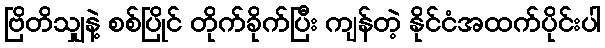
ဗြိတိသျှနဲ့ စစ်ပြိုင် တိုက်ခိုက်ပြီး ကျန်တဲ့ နိုင်ငံအထက်ပိုင်းပါ